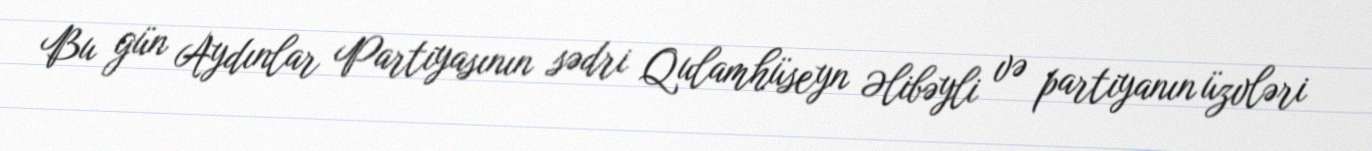
Bu gün Aydınlar Partiyasının sədri Qulamhüseyn Əlibəyli və partiyanın üzvləri